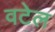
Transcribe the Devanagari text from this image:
वटेल